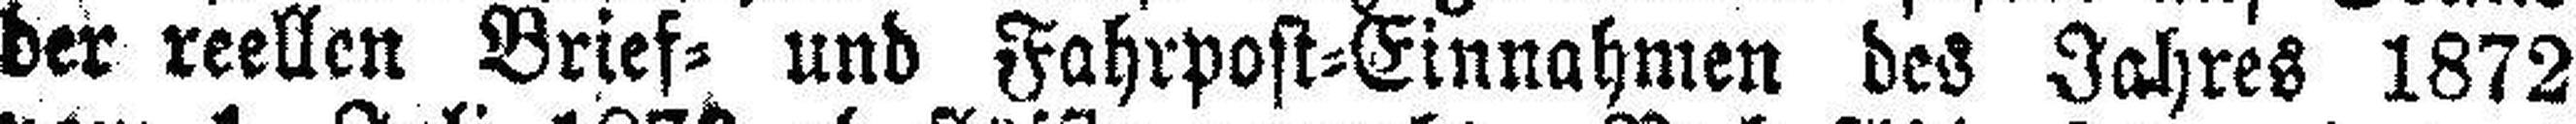
der reellen Brief= und Fahrpost=Einnahmen des Jahres 1872